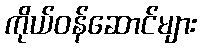
ကိုယ်ဝန်ဆောင်များ